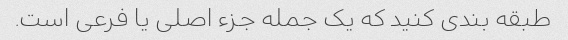
طبقه بندی کنید که یک جمله جزء اصلی یا فرعی است.